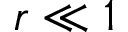
r \ll 1